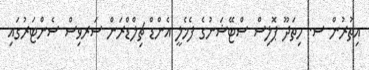
އިތުރުން ސ. ހިތަދޫ ޕޮލިސް ސްޓޭޝަނުގެ ފެމެލީ އެންޑް ޗިލްޑްރަން ސަރވިސް ސެންޓަރުގައި